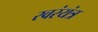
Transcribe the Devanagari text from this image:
स्वरंयंत्र